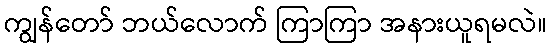
ကျွန်တော် ဘယ်လောက် ကြာကြာ အနားယူရမလဲ။